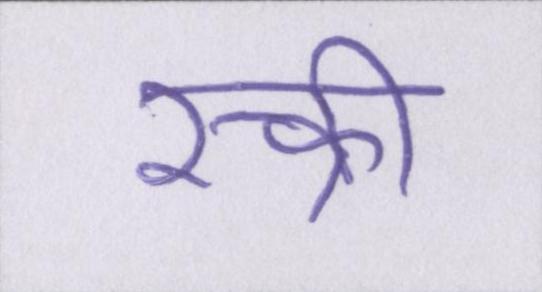
स्क्री